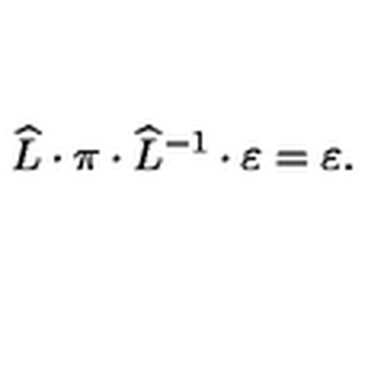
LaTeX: \widehat { L } \cdot \pi \cdot \widehat { L } ^ { - 1 } \cdot \varepsilon = \varepsilon .